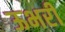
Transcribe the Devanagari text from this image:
ऊभरी